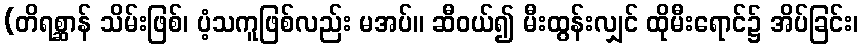
(တိရစ္ဆာန် သိမ်းဖြစ်၊ ပံ့သကူဖြစ်လည်း မအပ်။ ဆီဝယ်၍ မီးထွန်းလျှင် ထိုမီးရောင်၌ အိပ်ခြင်း၊